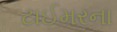
ટાઈમરના